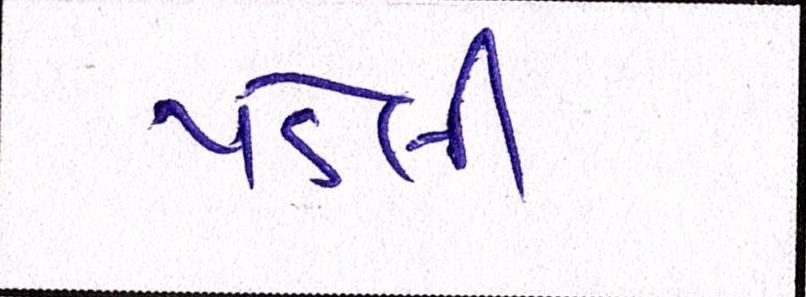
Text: પડેલી